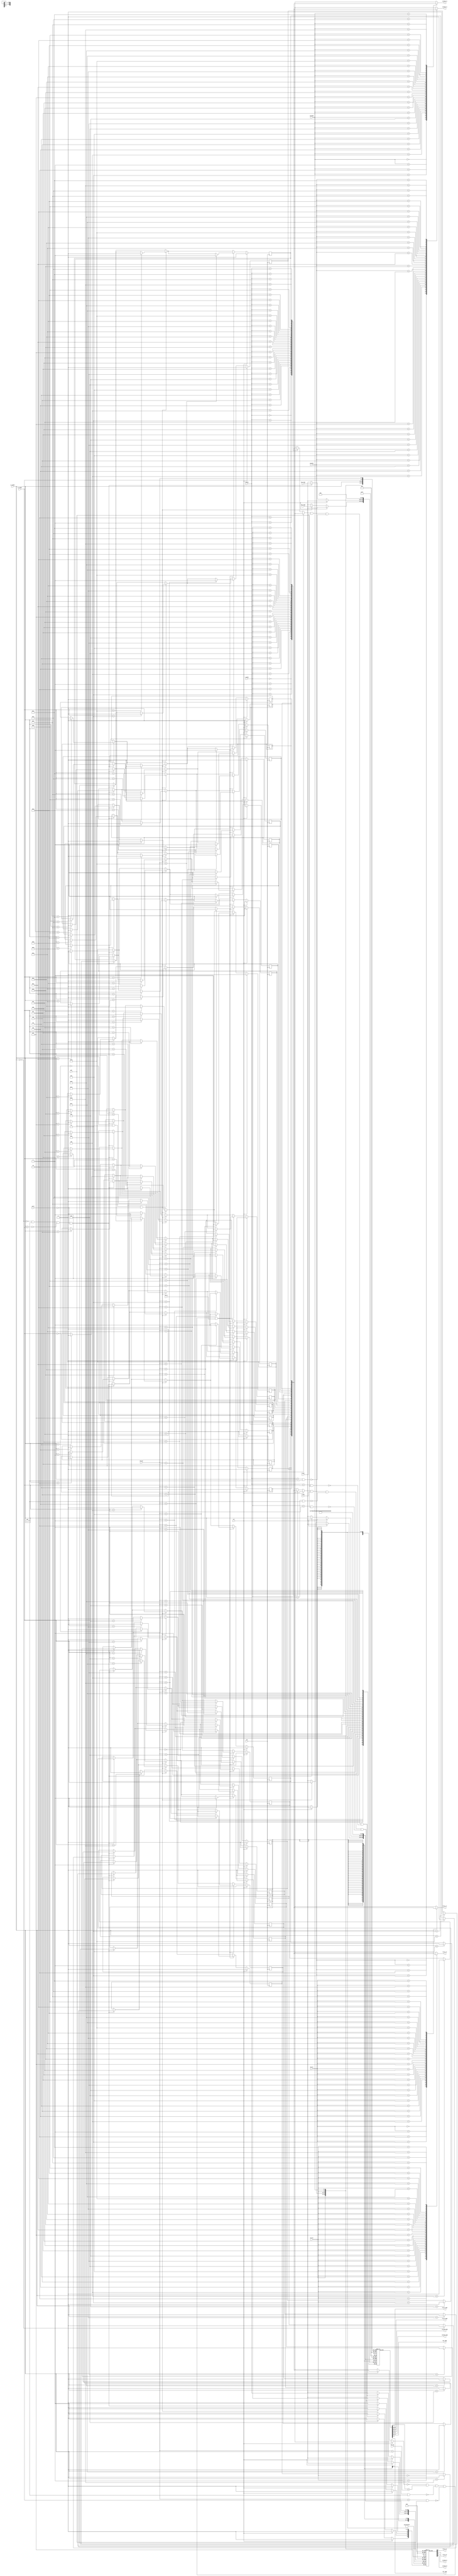
module FP_RAT(

input clk, rst, stall, we1, we2, C_we1, C_we2, we_FP, 
input [4:0] FP_tag, FP_dst, C_addr1, C_addr2, first1, first2, second1, second2, new_tag1, new_tag2, wr_addr1, wr_addr2,

output first_v1, first_v2, second_v1, second_v2, first_r1, first_r2, second_r1, second_r2,
output [4:0] first_tag1, first_tag2, second_tag1, second_tag2, dst_tag1, dst_tag2

);

	
   reg [4:0] tag [31:0];
	
	reg       v   [31:0];
	
	reg       r   [31:0];
	
	
	assign first_tag1  = tag [first1];
	
	assign second_tag1 = tag [second1];
	
	assign first_v1    = v   [first1];
	
	assign second_v1   = v   [second1];
	
	assign first_r1    = r   [first1];
	
	assign second_r1   = r   [second1];
	
	
	assign first_tag2  = tag [first2];
	
	assign second_tag2 = tag [second2];
	
	assign first_v2    = v   [first2];
	
	assign second_v2   = v   [second2];
	
	assign first_r2    = r   [first2];
	
	assign second_r2   = r   [second2];
	
	
	assign dst_tag1    = tag [wr_addr1];
	
	assign dst_tag2    = tag [wr_addr2];
	
	
	
	always@(posedge clk) begin : MAIN_BLOCK
	
		integer i;
	
		if (rst) begin
		
			for (i = 1; i < 32; i = i + 1) begin
			
				tag [i] <= 5'b0;
			
				v   [i] <= 1'b1;
				
				r   [i] <= 1'b0;
			
			end
			
			tag [0] <= 5'b0;
			
			v   [0] <= 1'b1;
				
			r   [0] = 1'b1;
		
		end
		
		else begin
		
			if (~(wr_addr1 == 1'b0) & we1 & ~(wr_addr1 == wr_addr2) & ~stall) begin
			
				tag [wr_addr1] <= new_tag1;
				
				v   [wr_addr1] <= 1'b0;
				
				r   [wr_addr1] <= 1'b0;
			
			end
			
			if (~(wr_addr2 == 1'b0) & we2 & ~stall) begin
			
				tag [wr_addr2] <= new_tag2;
				
				v   [wr_addr2] <= 1'b0;
				
				r   [wr_addr2] <= 1'b0;
			
			end
			
			
			if (~r[FP_dst] & (tag[FP_dst] == FP_tag) & ~((FP_dst == wr_addr1) & we1) & ~((FP_dst == wr_addr2) & we2) & we_FP) r[FP_dst] <= 1'b1;
			
			
			if (r[C_addr1] & C_we1 & ~((C_addr1 == wr_addr1) & we1) & ~((C_addr1 == wr_addr2) & we2)) v[C_addr1] <= 1'b1;
				
			if (r[C_addr2] & C_we2 & ~((C_addr2 == wr_addr1) & we1) & ~((C_addr2 == wr_addr2) & we2)) v[C_addr2] <= 1'b1;	
			
		
		end
	
	
	end



endmodule